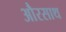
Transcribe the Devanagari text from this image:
औरसाथ